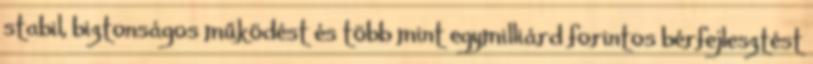
stabil, biztonságos működést és több mint egymilliárd forintos bérfejlesztést